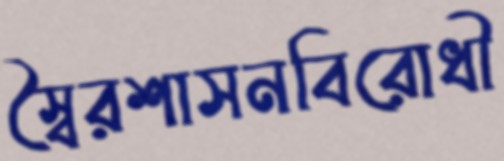
স্বৈরশাসনবিরোধী